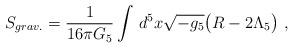
LaTeX: \begin{align*}S_{grav.} = \frac{1}{16\pi G_5} \int \,d^5 x \sqrt{-g_{5}} \big(R -2\Lambda_{5} \big)\ ,\end{align*}